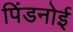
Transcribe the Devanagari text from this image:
पिंडनोई